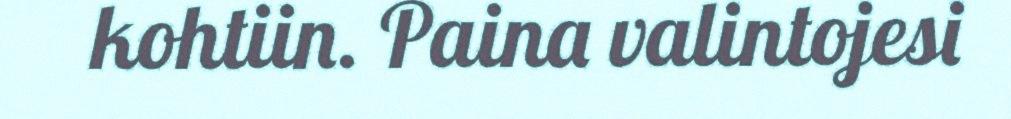
kohtiin. Paina valintojesi